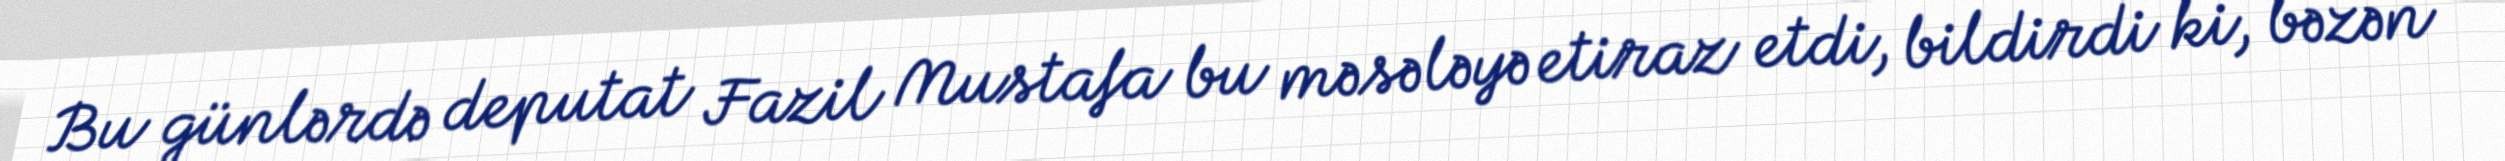
Bu günlərdə deputat Fazil Mustafa bu məsələyə etiraz etdi, bildirdi ki, bəzən